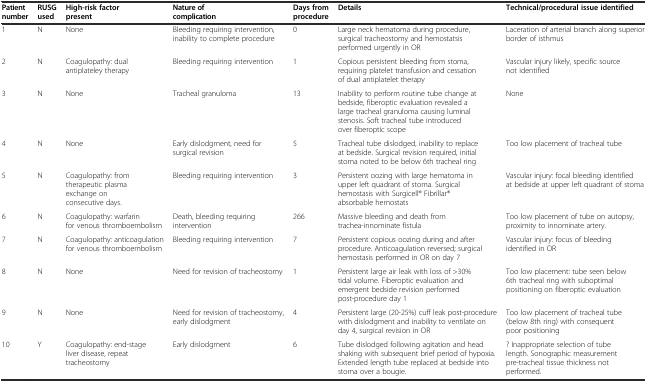
<table><thead><tr><td><b>Patient number</b></td><td><b>RUSG used</b></td><td><b>High-risk factor present</b></td><td><b>Nature of complication</b></td><td><b>Days from procedure</b></td><td><b>Details</b></td><td><b>Technical/procedural issue identified</b></td></tr></thead><tbody><tr><td>1</td><td>N</td><td>None</td><td>Bleeding requiring intervention, inability to complete procedure</td><td>0</td><td>Large neck hematoma during procedure, surgical tracheostomy and hemostatsis performed urgently in OR</td><td>Laceration of arterial branch along superior border of isthmus</td></tr><tr><td>2</td><td>N</td><td>Coagulopathy: dual antiplateley therapy</td><td>Bleeding requiring intervention</td><td>1</td><td>Copious persistent bleeding from stoma, requiring platelet transfusion and cessation of dual antiplatelet therapy</td><td>Vascular injury likely, specific source not identified</td></tr><tr><td>3</td><td>N</td><td>None</td><td>Tracheal granuloma</td><td>13</td><td>Inability to perform routine tube change at bedside, fiberoptic evaluation revealed a large tracheal granuloma causing luminal stenosis. Soft tracheal tube introduced over fiberoptic scope</td><td>None</td></tr><tr><td>4</td><td>N</td><td>None</td><td>Early dislodgment, need for surgical revision</td><td>5</td><td>Tracheal tube dislodged, inability to replace at bedside. Surgical revision required, initial stoma noted to be below 6th tracheal ring</td><td>Too low placement of tracheal tube</td></tr><tr><td>5</td><td>N</td><td>Coagulopathy: from therapeutic plasma exchange on consecutive days.</td><td>Bleeding requiring intervention</td><td>3</td><td>Persistent oozing with large hematoma in upper left quadrant of stoma. Surgical hemostasis with Surgicell® Fibrillar® absorbable hemostats</td><td>Vascular injury: focal bleeding identified at bedside at upper left quadrant of stoma</td></tr><tr><td>6</td><td>N</td><td>Coagulopathy: warfarin for venous thromboembolism</td><td>Death, bleeding requiring intervention</td><td>266</td><td>Massive bleeding and death from trachea-innominate fistula</td><td>Too low placement of tube on autopsy, proximity to innominate artery.</td></tr><tr><td>7</td><td>N</td><td>Coagulopathy: anticoagulation for venous thromboembolism</td><td>Bleeding requiring intervention</td><td>7</td><td>Persistent copious oozing during and after procedure. Anticoagulation reversed; surgical hemostasis performed in OR on day 7</td><td>Vascular injury: focus of bleeding identified in OR</td></tr><tr><td>8</td><td>N</td><td>None</td><td>Need for revision of tracheostomy</td><td>1</td><td>Persistent large air leak with loss of &gt;30% tidal volume. Fiberoptic evaluation and emergent bedside revision performed post-procedure day 1</td><td>Too low placement: tube seen below 6th tracheal ring with suboptimal positioning on fiberoptic evaluation</td></tr><tr><td>9</td><td>N</td><td>None</td><td>Need for revision of tracheostomy, early dislodgment</td><td>4</td><td>Persistent large (20-25%) cuff leak post-procedure with dislodgment and inability to ventilate on day 4, surgical revision in OR</td><td>Too low placement of tracheal tube (below 8th ring) with consequent poor positioning</td></tr><tr><td>10</td><td>Y</td><td>Coagulopathy: end-stage liver disease, repeat tracheostomy</td><td>Early dislodgment</td><td>6</td><td>Tube dislodged following agitation and head shaking with subsequent brief period of hypoxia. Extended length tube replaced at bedside into stoma over a bougie.</td><td>? Inappropriate selection of tube length. Sonographic measurement pre-tracheal tissue thickness not performed.</td></tr></tbody></table>